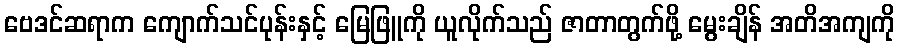
ဗေဒင်ဆရာက ကျောက်သင်ပုန်းနှင့် မြေဖြူကို ယူလိုက်သည် ဇာတာတွက်ဖို့ မွေးချိန် အတိအကျကို